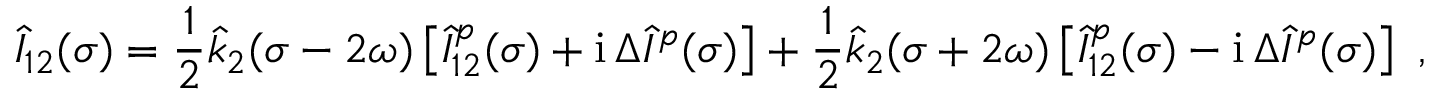
\hat { I } _ { 1 2 } ( \sigma ) = \frac 1 2 \hat { k } _ { 2 } ( \sigma - 2 \omega ) \left[ \hat { I } _ { 1 2 } ^ { p } ( \sigma ) + \mathrm { i } \, \Delta \hat { I } ^ { p } ( \sigma ) \right] + \frac 1 2 \hat { k } _ { 2 } ( \sigma + 2 \omega ) \left[ \hat { I } _ { 1 2 } ^ { p } ( \sigma ) - \mathrm { i } \, \Delta \hat { I } ^ { p } ( \sigma ) \right] \ ,